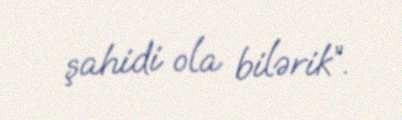
şahidi ola bilərik”.